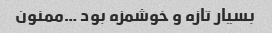
بسیار تازه و خوشمزه بود …ممنون